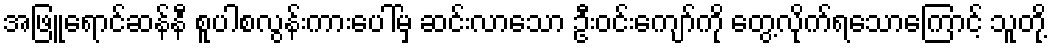
အဖြူရောင်ဆန်နီ စူပါစလွန်းကားပေါ်မှ ဆင်းလာသော ဦးဝင်းကျော်ကို တွေ့လိုက်ရသောကြောင့် သူတို့